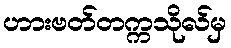
ဟားဗတ်တက္ကသိုလ်မှ